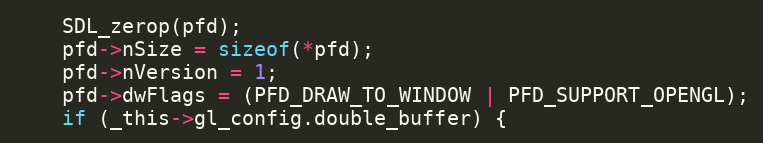
Language: C
    SDL_zerop(pfd);
    pfd->nSize = sizeof(*pfd);
    pfd->nVersion = 1;
    pfd->dwFlags = (PFD_DRAW_TO_WINDOW | PFD_SUPPORT_OPENGL);
    if (_this->gl_config.double_buffer) {